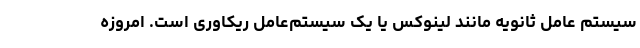
سیستم عامل ثانویه مانند لینوکس یا یک سیستم‌عامل ریکاوری است. امروزه